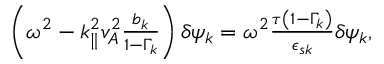
\begin{array} { r } { \left( \omega ^ { 2 } - k _ { \parallel } ^ { 2 } v _ { A } ^ { 2 } \frac { b _ { k } } { 1 - \Gamma _ { k } } \right) \delta \psi _ { k } = \omega ^ { 2 } \frac { \tau \left( 1 - \Gamma _ { k } \right) } { \epsilon _ { s { k } } } \delta \psi _ { k } , } \end{array}